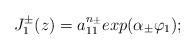
LaTeX: \begin{align*}J_{1}^{\pm}(z) = a_{11}^{n_{\pm}} exp (\alpha_{\pm} \varphi_{1}) ;\end{align*}